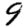
Digit: 9